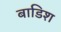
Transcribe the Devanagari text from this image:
बाडिश